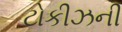
ટોકીઝની